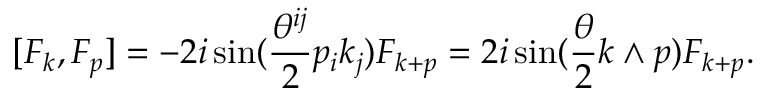
[ { \cal F } _ { k } , { \cal F } _ { p } ] = - 2 i \sin ( \frac { \theta ^ { i j } } { 2 } p _ { i } k _ { j } ) { \cal F } _ { k + p } = 2 i \sin ( \frac { \theta } { 2 } k \wedge p ) { \cal F } _ { k + p } .